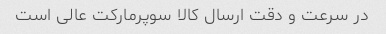
در سرعت و دقت ارسال کالا سوپرمارکت عالی است